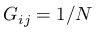
G _ { i j } = 1 / N